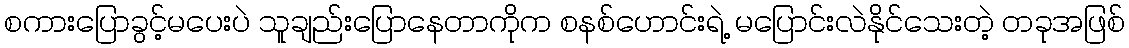
စကားပြောခွင့်မပေးပဲ သူချည်းပြောနေတာကိုက စနစ်ဟောင်းရဲ့ မပြောင်းလဲနိုင်သေးတဲ့ တခုအဖြစ်